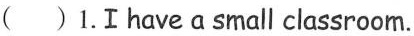
( )1.Ⅰhavea small classroom.